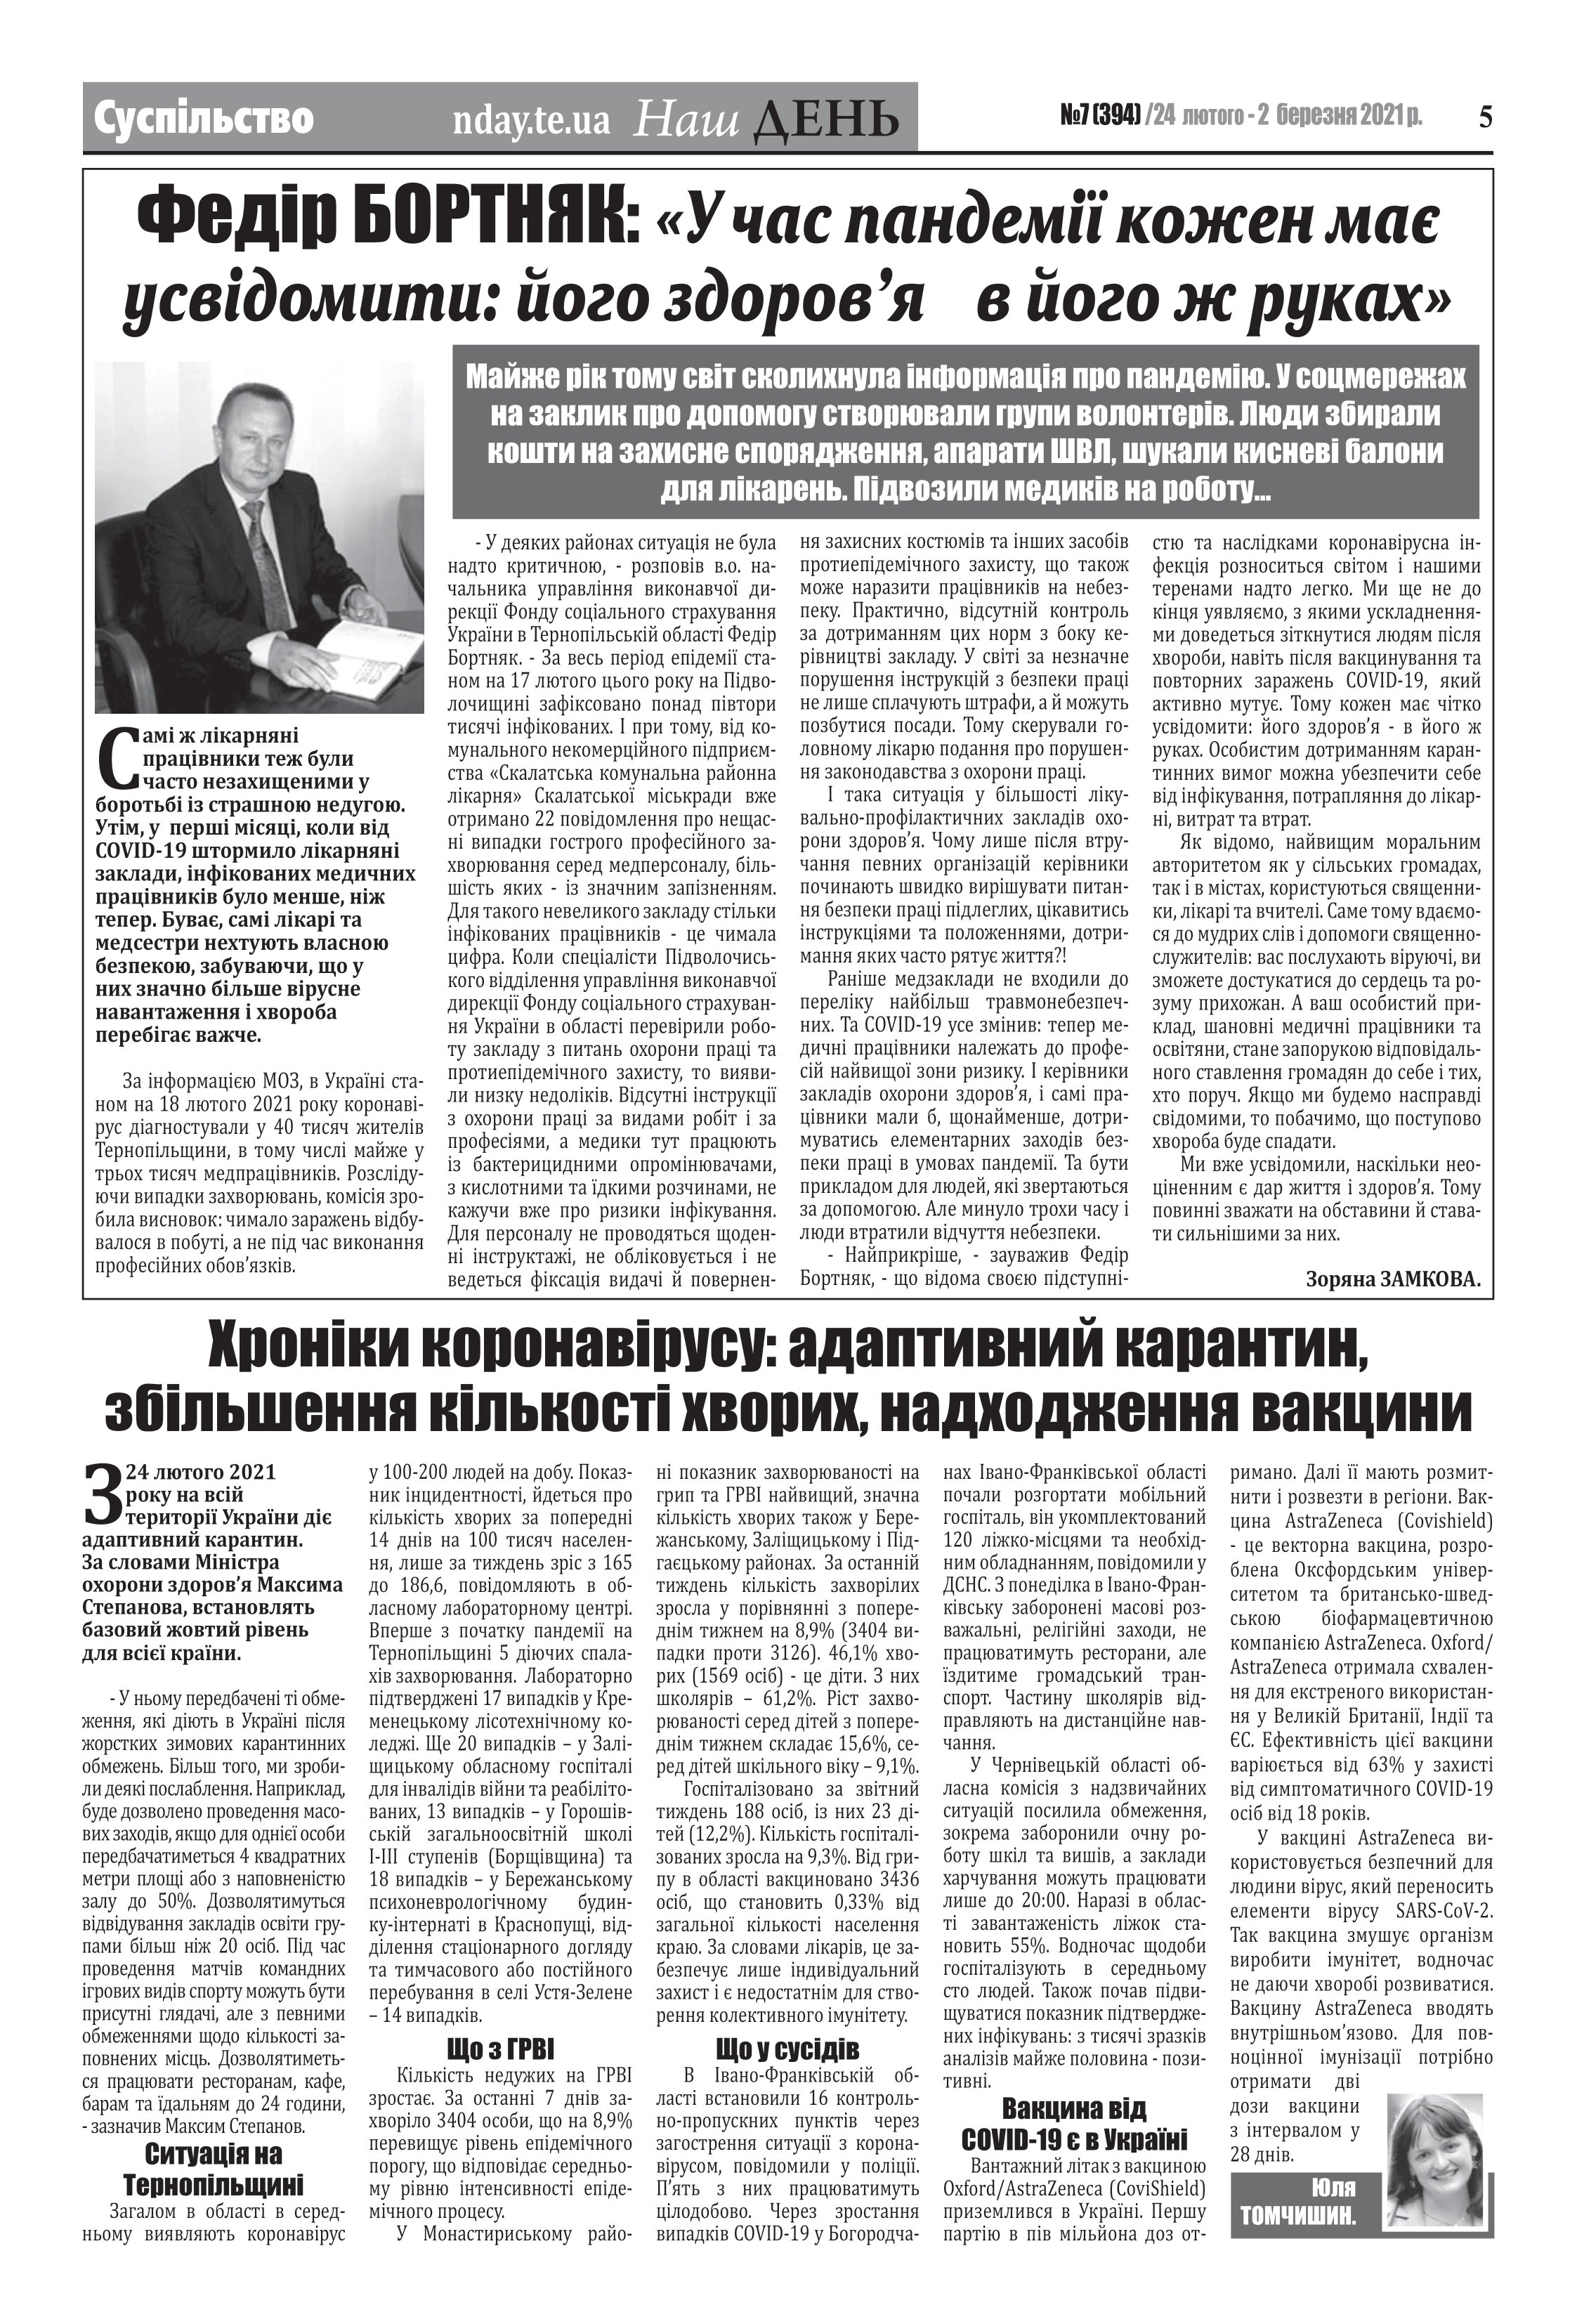
Language: uk